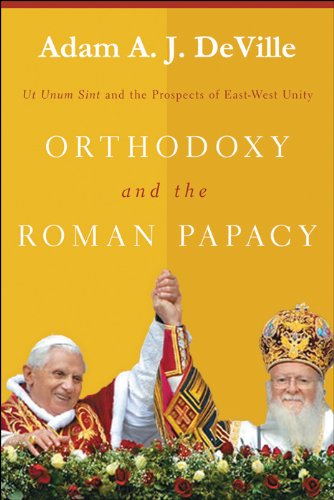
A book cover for Orthodoxy and the Roman Papacy: Ut Unum Sint and the Prospects of East-West Unity; Adam A. J. DeVille; Christian Books & Bibles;